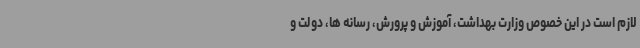
لازم است در این خصوص وزارت بهداشت، آموزش و پرورش، رسانه ها، دولت و